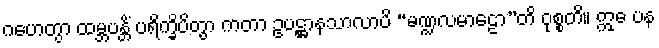
ဂဟေတွာ ထမ္ဘပန္တိံ ပရိက္ခိပိတွာ ကတာ ဥပဋ္ဌာနသာလာပိ “မဏ္ဍလမာဠော”တိ ဝုစ္စတိ။ ဣဓ ပန